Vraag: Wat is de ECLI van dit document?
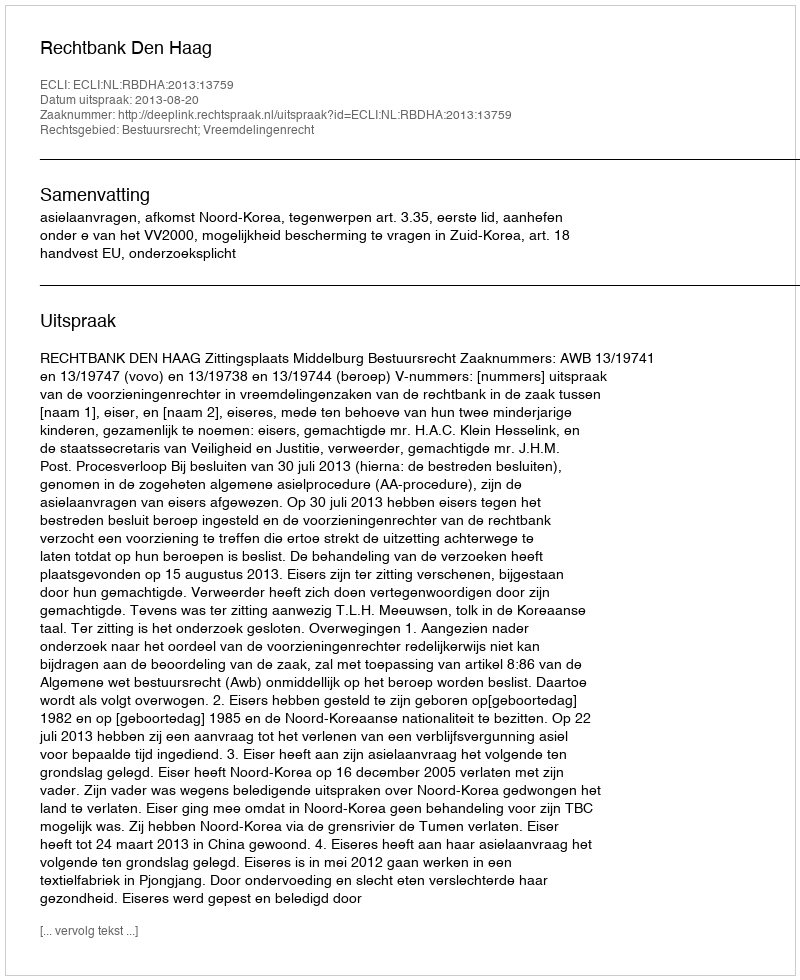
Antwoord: ECLI:NL:RBDHA:2013:13759